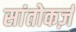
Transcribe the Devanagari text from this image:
सांतोकर्ज़